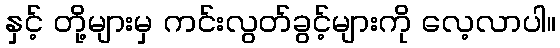
နှင့် တို့များမှ ကင်းလွတ်ခွင့်များကို လေ့လာပါ။